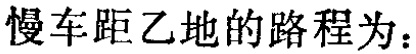
慢车距乙地的路程为：